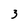
Character: 3